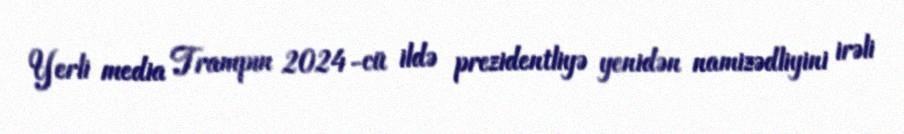
Yerli media Trampın 2024-cü ildə prezidentliyə yenidən namizədliyini irəli